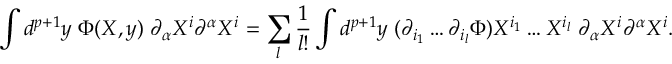
\int d ^ { p + 1 } y \; \Phi ( X , y ) \; \partial _ { \alpha } X ^ { i } \partial ^ { \alpha } X ^ { i } = \sum _ { l } { \frac { 1 } { l ! } } \int d ^ { p + 1 } y \; ( \partial _ { i _ { 1 } } \dots \partial _ { i _ { l } } \Phi ) X ^ { i _ { 1 } } \dots X ^ { i _ { l } } \; \partial _ { \alpha } X ^ { i } \partial ^ { \alpha } X ^ { i } .